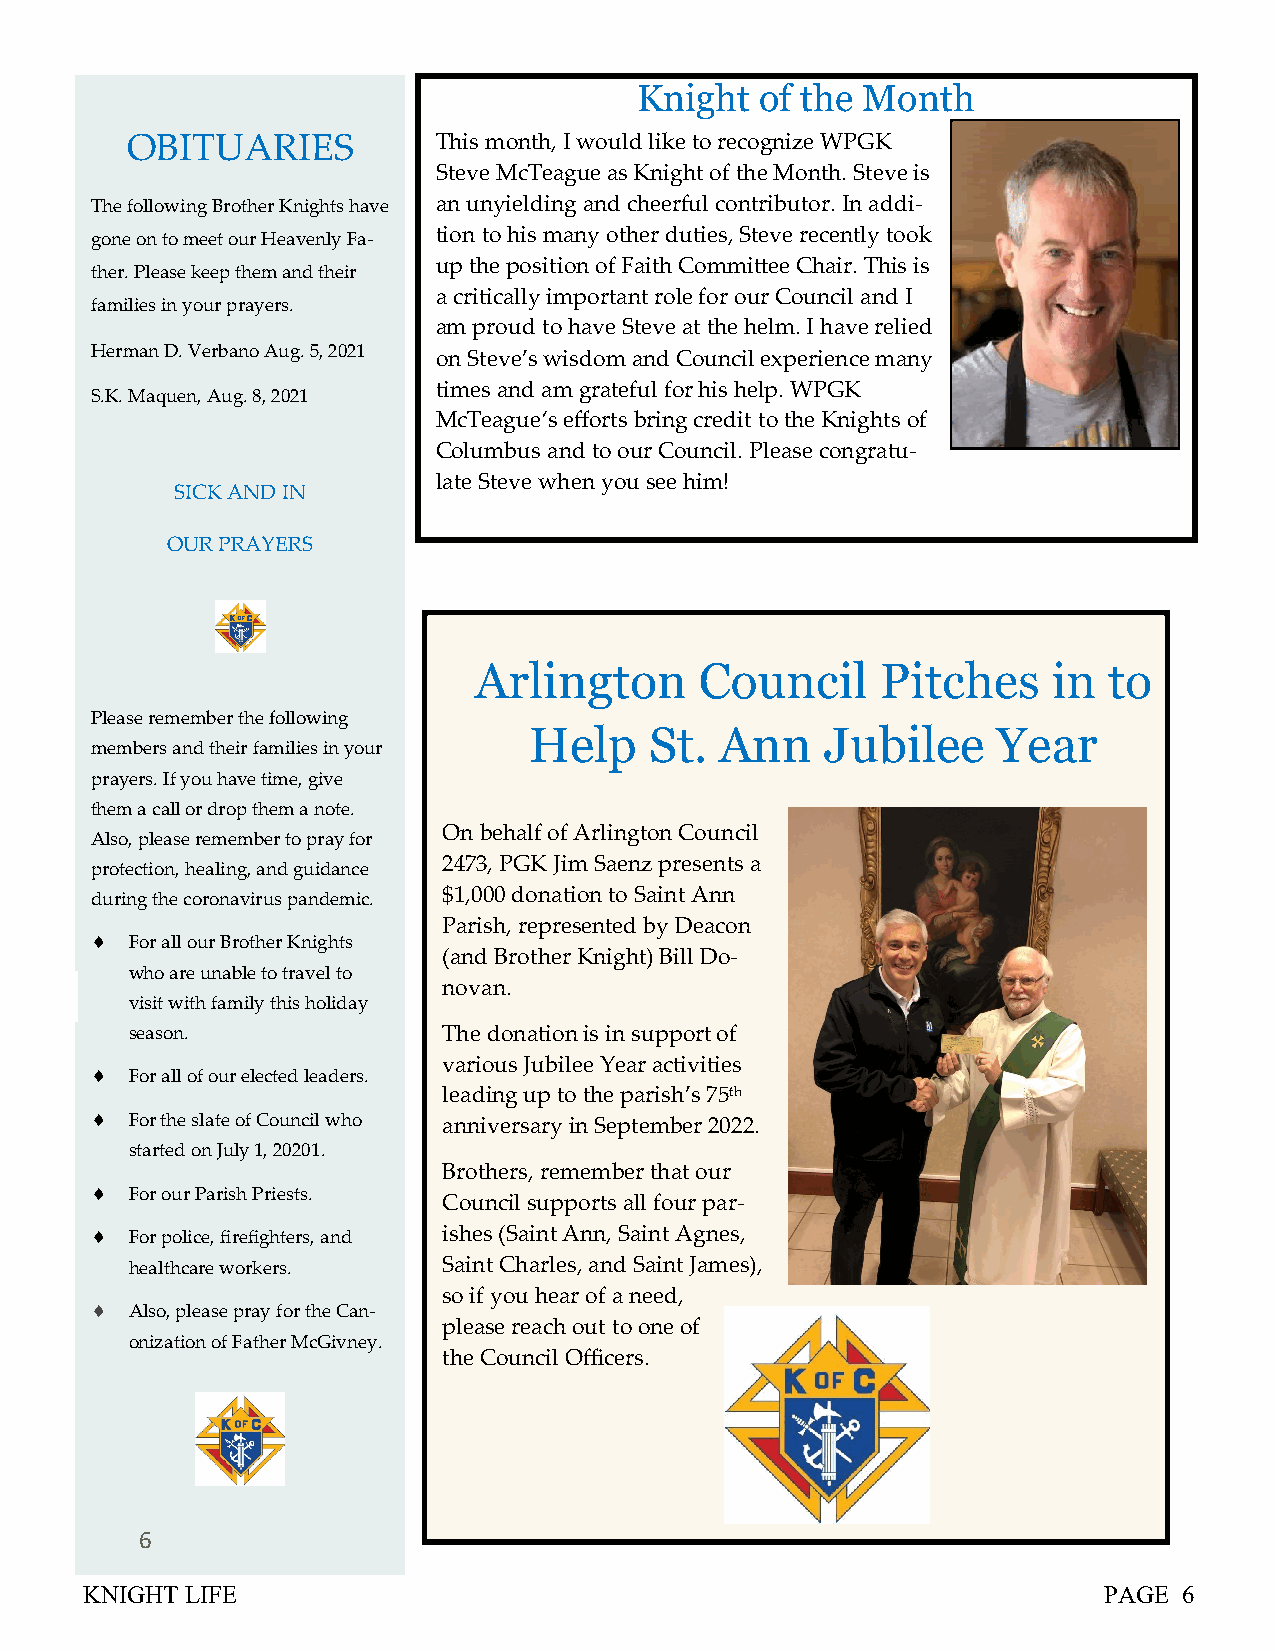
Knight  of the Month
 OBITUARIES           This month, I would like to recognize WPGK
 Steve McTeague as Knight of the Month. Steve is
 The following Brother Knights have an unyielding and cheerful contributor. In addi-
 tion to his many other duties, Steve recently took
 gone on to meet our Heavenly Fa-
 up the position of Faith Committee Chair. This is
 ther. Please keep them and their
 a critically important role for our Council and I
 families in your prayers.
 am proud to have Steve at the helm. I have relied
 Herman D. Verbano Aug. 5, 2021 on Steve’s wisdom and Council experience many
 times and am grateful for his help. WPGK
 S.K. Maquen, Aug. 8, 2021
 McTeague‘s efforts bring credit to the Knights of
 Columbus and to our Council. Please congratu-
 late Steve when you see him!
 SICK AND IN
 OUR PRAYERS
 Arlington      Council     Pitches     in to
 Please remember the following
 Help    St.  Ann    Jubilee    Year
 members and their families in your
 prayers. If you have time, give
 them a call or drop them a note.
 On behalf of Arlington Council
 Also, please remember to pray for
 2473, PGK Jim Saenz presents a
 protection, healing, and guidance
 during the coronavirus pandemic. $1,000 donation to Saint Ann
 Parish, represented by Deacon
   For all our Brother Knights
 (and Brother Knight) Bill Do-
 who are unable to travel to
 novan.
 visit with family this holiday
 season.             The donation is in support of
 various Jubilee Year activities
   For all of our elected leaders.
 leading up to the parish’s 75th
   For the slate of Council who anniversary in September 2022.
 started on July 1, 20201.
 Brothers, remember that our
   For our Parish Priests.
 Council supports all four par-
   For police, firefighters, and ishes (Saint Ann, Saint Agnes,
 healthcare workers. Saint Charles, and Saint James),
 so if you hear of a need,
   Also, please pray for the Can-
 please reach out to one of
 onization of Father McGivney.
 the Council Officers.
 6
 KNIGHT LIFE                                                         PAGE 6